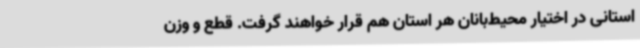
استانی در اختیار محیط‌بانان هر استان هم قرار خواهند گرفت. قطع و وزن